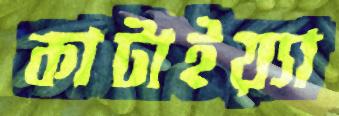
কাটাইয়্যা